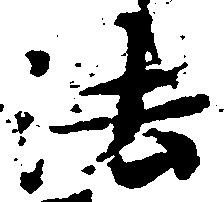
法